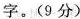
字。(9分)